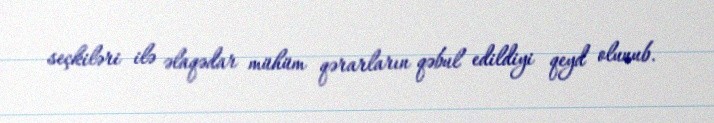
seçkiləri ilə əlaqədar mühüm qərarların qəbul edildiyi qeyd olunub.